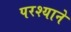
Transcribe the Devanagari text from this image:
परश्याने